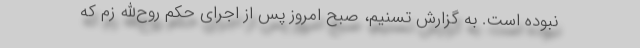
نبوده است. به گزارش تسنیم، صبح امروز پس از اجرای حکم روح‌الله زم که